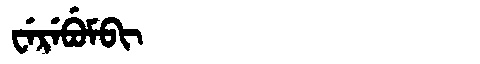
Manchu: ᠸᡝᡵᡝᠪᡠᠮᠪᡳ
Romanization: WEREBUMBI